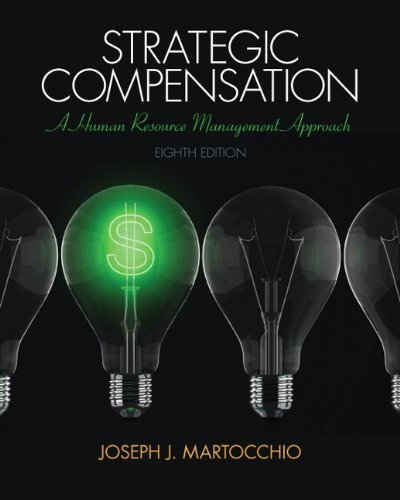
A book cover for Strategic Compensation: A Human Resource Management Approach (8th Edition); Joseph J. Martocchio; Business & Money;